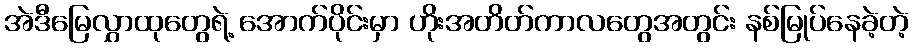
အဲဒီမြေလွှာထုတွေရဲ့ အောက်ပိုင်းမှာ ဟိုးအတိတ်ကာလတွေအတွင်း နစ်မြုပ်နေခဲ့တဲ့